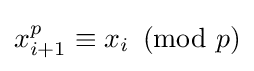
x_{i+1}^{p}\equiv x_{i}\!\!\!{\pmod {p}}